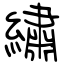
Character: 繡